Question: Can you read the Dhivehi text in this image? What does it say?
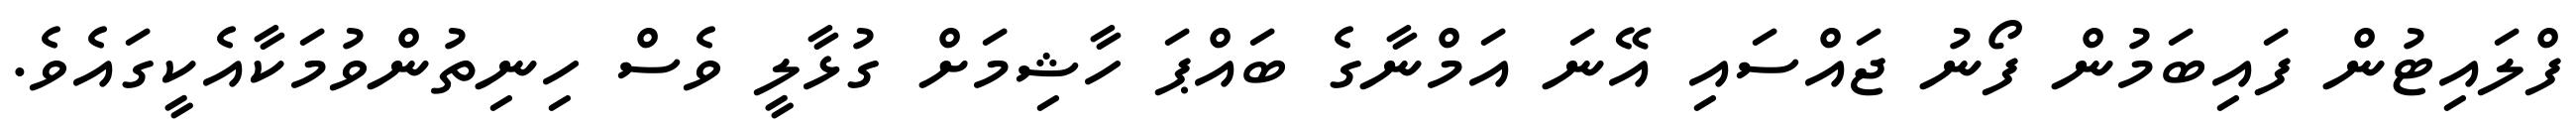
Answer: ފްލައިޓުން ފައިބަމުން ފޯނު ޖައްސައި އޭނަ އަމްނާގެ ބައްޕަ ހާޝިމަށް ގުޅާލީ ވެސް ހިނިތުންވުމަކާއެކީގައެވެ.